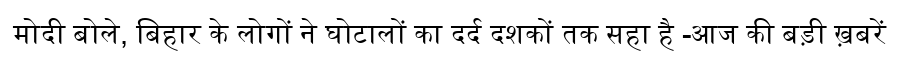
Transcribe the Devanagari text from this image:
मोदी बोले, बिहार के लोगों ने घोटालों का दर्द दशकों तक सहा है -आज की बड़ी ख़बरें